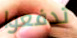
تدفعوا